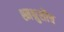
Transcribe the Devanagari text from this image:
श्मश्रुशौच